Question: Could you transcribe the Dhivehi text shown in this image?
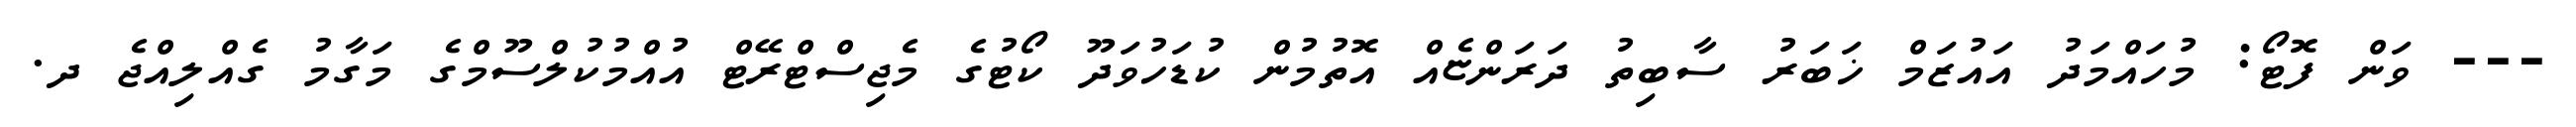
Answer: --- ވަން ފޮޓޯ: މުހައްމަދު އައުޒަމް ޚަބަރު ސާބިތު ދަރަންޏެއް އޮތުމުން ކުޑަހުވަދޫ ކޯޓުގެ މެޖިސްޓްރޭޓް އުއްމުކުލްސޫމްގެ މަގާމު ގެއްލިއްޖެ ދ.